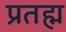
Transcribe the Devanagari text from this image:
प्रतह्म